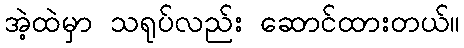
အဲ့ထဲမှာ သရုပ်လည်း ဆောင်ထားတယ်။